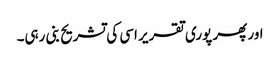
اور پھر پوری تقریر اسی کی تشریح بنی رہی۔